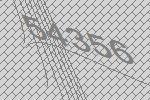
54356